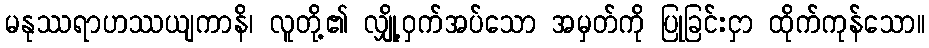
မနုဿရာဟဿယျကာနိ၊ လူတို့၏ လျှို့ဝှက်အပ်သော အမှတ်ကို ပြုခြင်းငှာ ထိုက်ကုန်သော။